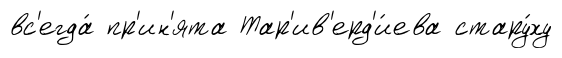
вс'егда́ пр'ин'ята Тар'ив'ерд'и́ева стару́ху